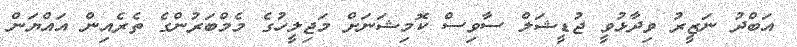
އަބްދު ނަޒީރު ވިދާޅުވީ ޖުޑީޝަލް ސާވިސް ކޮމިޝަނަށް މަޖިލީހުގެ މެމްބަރުންގެ ތެރެއިން އައްޔަން